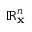
\mathbb { R } _ { \mathbf { x } } ^ { n }